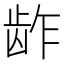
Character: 𱌬